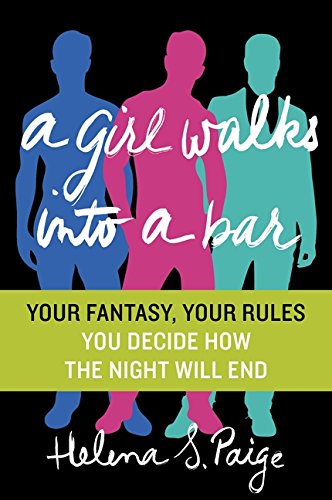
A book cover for A Girl Walks Into a Bar: Your Fantasy, Your Rules; Helena S. Paige; Romance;